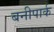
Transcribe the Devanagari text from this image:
बनीपार्क